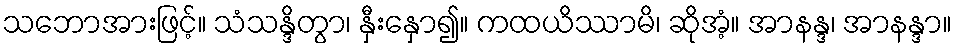
သဘောအားဖြင့်။ သံသန္ဒိတွာ၊ နှီးနှော၍။ ကထယိဿာမိ၊ ဆိုအံ့။ အာနန္ဒ၊ အာနန္ဒာ။